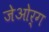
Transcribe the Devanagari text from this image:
जेओर्ग